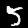
Label: 5